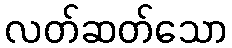
လတ်ဆတ်သော